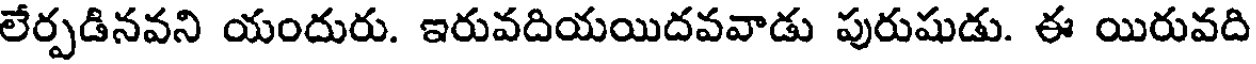
లేర్పడినవని యందురు. ఇరువదియయిదవవాడు పురుషుడు. ఈ యిరువది